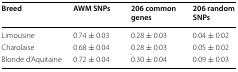
<table><thead><tr><td><b>Breed</b></td><td><b>AWM SNPs</b></td><td><b>206 common genes</b></td><td><b>206 random SNPs</b></td></tr></thead><tbody><tr><td>Limousine</td><td>0.74 ± 0.03</td><td>0.28 ± 0.03</td><td>0.04 ± 0.02</td></tr><tr><td>Charolaise</td><td>0.68 ± 0.04</td><td>0.28 ± 0.03</td><td>0.05 ± 0.02</td></tr><tr><td>Blonde d’Aquitaine</td><td>0.72 ± 0.04</td><td>0.30 ± 0.04</td><td>0.09 ± 0.03</td></tr></tbody></table>